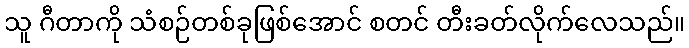
သူ ဂီတာကို သံစဉ်တစ်ခုဖြစ်အောင် စတင် တီးခတ်လိုက်လေသည်။